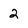
Character: 2